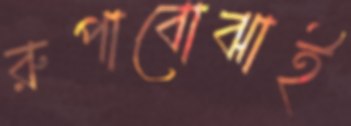
রুপাবোঝাই